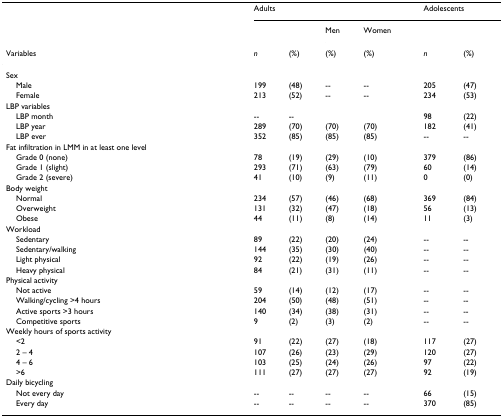
<table><thead><tr><td></td><td colspan="4"><b>Adults</b></td><td colspan="2"><b>Adolescents</b></td></tr><tr><td></td><td></td><td></td><td><b>Men</b></td><td><b>Women</b></td><td></td><td></td></tr><tr><td><b>Variables</b></td><td><b><i>n</i></b></td><td><b>(%)</b></td><td><b>(%)</b></td><td><b>(%)</b></td><td><b><i>n</i></b></td><td><b>(%)</b></td></tr></thead><tbody><tr><td>Sex</td><td></td><td></td><td></td><td></td><td></td><td></td></tr><tr><td> Male</td><td>199</td><td>(48)</td><td>--</td><td>--</td><td>205</td><td>(47)</td></tr><tr><td> Female</td><td>213</td><td>(52)</td><td>--</td><td>--</td><td>234</td><td>(53)</td></tr><tr><td>LBP variables</td><td></td><td></td><td></td><td></td><td></td><td></td></tr><tr><td> LBP month</td><td>--</td><td>--</td><td></td><td></td><td>98</td><td>(22)</td></tr><tr><td> LBP year</td><td>289</td><td>(70)</td><td>(70)</td><td>(70)</td><td>182</td><td>(41)</td></tr><tr><td> LBP ever</td><td>352</td><td>(85)</td><td>(85)</td><td>(85)</td><td>--</td><td>--</td></tr><tr><td>Fat infiltration in LMM in at least one level</td><td></td><td></td><td></td><td></td><td></td><td></td></tr><tr><td> Grade 0 (none)</td><td>78</td><td>(19)</td><td>(29)</td><td>(10)</td><td>379</td><td>(86)</td></tr><tr><td> Grade 1 (slight)</td><td>293</td><td>(71)</td><td>(63)</td><td>(79)</td><td>60</td><td>(14)</td></tr><tr><td> Grade 2 (severe)</td><td>41</td><td>(10)</td><td>(9)</td><td>(11)</td><td>0</td><td>(0)</td></tr><tr><td>Body weight</td><td></td><td></td><td></td><td></td><td></td><td></td></tr><tr><td> Normal</td><td>234</td><td>(57)</td><td>(46)</td><td>(68)</td><td>369</td><td>(84)</td></tr><tr><td> Overweight</td><td>131</td><td>(32)</td><td>(47)</td><td>(18)</td><td>56</td><td>(13)</td></tr><tr><td> Obese</td><td>44</td><td>(11)</td><td>(8)</td><td>(14)</td><td>11</td><td>(3)</td></tr><tr><td>Workload</td><td></td><td></td><td></td><td></td><td></td><td></td></tr><tr><td> Sedentary</td><td>89</td><td>(22)</td><td>(20)</td><td>(24)</td><td>--</td><td>--</td></tr><tr><td> Sedentary/walking</td><td>144</td><td>(35)</td><td>(30)</td><td>(40)</td><td>--</td><td>--</td></tr><tr><td> Light physical</td><td>92</td><td>(22)</td><td>(19)</td><td>(26)</td><td>--</td><td>--</td></tr><tr><td> Heavy physical</td><td>84</td><td>(21)</td><td>(31)</td><td>(11)</td><td>--</td><td>--</td></tr><tr><td>Physical activity</td><td></td><td></td><td></td><td></td><td></td><td></td></tr><tr><td> Not active</td><td>59</td><td>(14)</td><td>(12)</td><td>(17)</td><td>--</td><td>--</td></tr><tr><td> Walking/cycling &gt;4 hours</td><td>204</td><td>(50)</td><td>(48)</td><td>(51)</td><td>--</td><td>--</td></tr><tr><td> Active sports &gt;3 hours</td><td>140</td><td>(34)</td><td>(38)</td><td>(31)</td><td>--</td><td>--</td></tr><tr><td> Competitive sports</td><td>9</td><td>(2)</td><td>(3)</td><td>(2)</td><td>--</td><td>--</td></tr><tr><td>Weekly hours of sports activity</td><td></td><td></td><td></td><td></td><td></td><td></td></tr><tr><td> &lt;2</td><td>91</td><td>(22)</td><td>(27)</td><td>(18)</td><td>117</td><td>(27)</td></tr><tr><td> 2 – 4</td><td>107</td><td>(26)</td><td>(23)</td><td>(29)</td><td>120</td><td>(27)</td></tr><tr><td> 4 – 6</td><td>103</td><td>(25)</td><td>(24)</td><td>(26)</td><td>97</td><td>(22)</td></tr><tr><td> &gt;6</td><td>111</td><td>(27)</td><td>(27)</td><td>(27)</td><td>92</td><td>(19)</td></tr><tr><td>Daily bicycling</td><td></td><td></td><td></td><td></td><td></td><td></td></tr><tr><td> Not every day</td><td>--</td><td>--</td><td>--</td><td>--</td><td>66</td><td>(15)</td></tr><tr><td> Every day</td><td>--</td><td>--</td><td>--</td><td>--</td><td>370</td><td>(85)</td></tr></tbody></table>